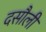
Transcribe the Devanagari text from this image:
दसौली